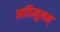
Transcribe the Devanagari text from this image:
आदिमूलम्